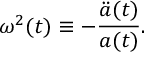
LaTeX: \omega ^ { 2 } ( t ) \equiv - \frac { { \ddot { a } } ( t ) } { a ( t ) } .